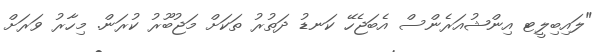
"ލައިބިލީޓ އިންޝުއަރެންސް އެބަޖެހޭ ކަނޑު ދަތުރު ތަކަށް މަޖުބޫރު ކުރަން. މިހާރު ވަރަށް